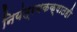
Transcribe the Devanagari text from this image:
नियंत्रणकक्षातही